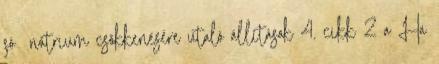
só nátrium csökkenésére utaló állítások 4. cikk 2 a Ha